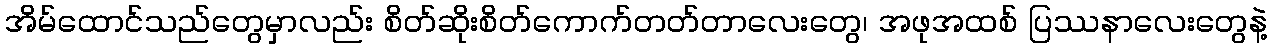
အိမ်ထောင်သည်တွေမှာလည်း စိတ်ဆိုးစိတ်ကောက်တတ်တာလေးတွေ၊ အဖုအထစ် ပြဿနာလေးတွေနဲ့